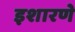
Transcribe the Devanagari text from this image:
इशारणे